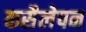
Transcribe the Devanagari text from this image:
कसैलेपन